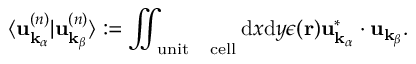
\langle \mathbf { u } _ { \mathbf { k } _ { \alpha } } ^ { ( n ) } \vert \mathbf { u } _ { \mathbf { k } _ { \beta } } ^ { ( n ) } \rangle : = \iint _ { \mathrm { u n i t \quad c e l l } } \mathrm { d } x \mathrm { d } y \epsilon ( \mathbf { r } ) \mathbf { u } _ { \mathbf { k } _ { \alpha } } ^ { * } \cdot \mathbf { u } _ { \mathbf { k } _ { \beta } } .